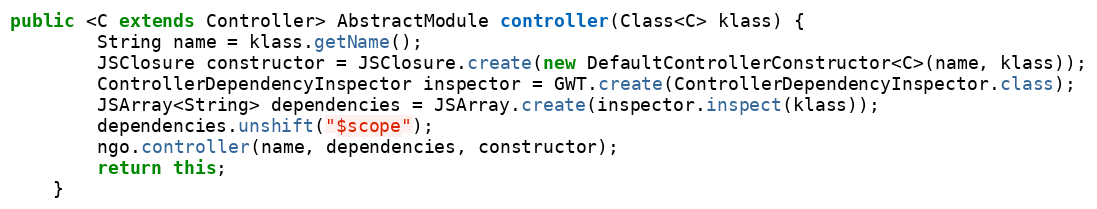
Language: Java
public <C extends Controller> AbstractModule controller(Class<C> klass) {
        String name = klass.getName();
        JSClosure constructor = JSClosure.create(new DefaultControllerConstructor<C>(name, klass));
        ControllerDependencyInspector inspector = GWT.create(ControllerDependencyInspector.class);
        JSArray<String> dependencies = JSArray.create(inspector.inspect(klass));
        dependencies.unshift("$scope");
        ngo.controller(name, dependencies, constructor);
        return this;
    }